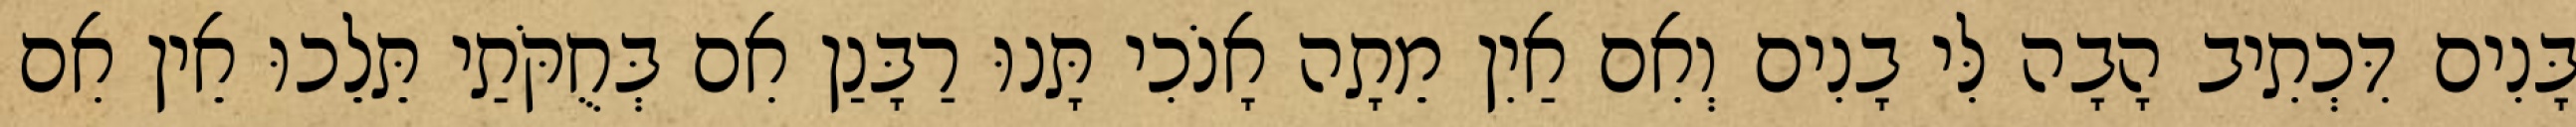
בָּנִים דִּכְתִיב הָבָה לִּי בָנִים וְאִם אַיִן מֵתָה אָנֹכִי תָּנוּ רַבָּנַן אִם בְּחֻקֹּתַי תֵּלֵכוּ אֵין אִם